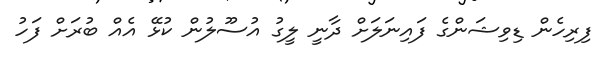
ފިރިހެން ޑިވިޝަންގެ ފައިނަލަށް ދާނީ ލީގު އުސޫލުން ކުޅޭ އެއް ބުރަށް ފަހު